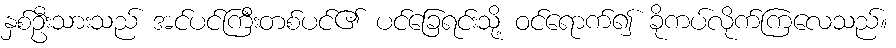
နှစ်ဦးသားသည် အင်ပင်ကြီးတစ်ပင်၏ ပင်ခြေရင်းသို့ ဝင်ရောက်၍ ခိုကပ်လိုက်ကြလေသည်။